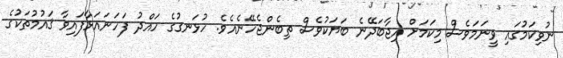
ނުވިކަމުގައި ވީނަމަވެސް މިކަމަށް އިޖާބަދޭނެ ބަޔަކުވެސް ތިބެންޖެހޭނެއެވެ. ހުޅަނގުގެ ހައްދު ފަހަނައަޅާފައިވާ ޤައުމުތަކުގެ